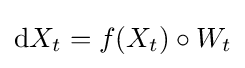
\mathrm {d} X_{t}=f(X_{t})\circ W_{t}